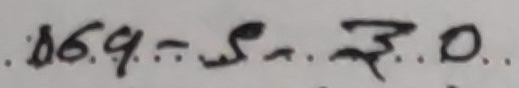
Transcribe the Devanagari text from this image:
.४६.९.= .५-.३.०.